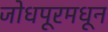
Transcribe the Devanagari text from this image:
जोधपूरमधून